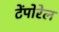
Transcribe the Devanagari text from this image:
टेंपोरेल